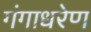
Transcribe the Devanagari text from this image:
गंगाधरेण